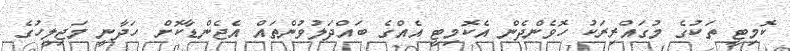
ކޮމިޓީ ތަކުގެ މުގައްރިރަކު ހޮވެންދެން އެކޮމިޓީ އެއްގެ ބައްދަލުވުންތައް އެޖެންޑާކޮށް ހަދާނީ މަޖިލީހުގެ